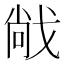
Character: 𫻹